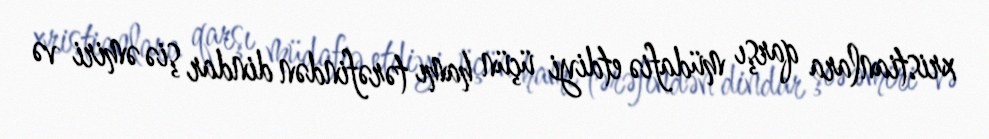
xristianlara qarşı müdafiə etdiyi üçün hamı tərəfindən dindar şiə əmiri və